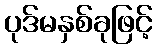
ပုဒ်မနှစ်ခုဖြင့်